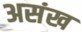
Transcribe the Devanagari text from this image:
असंख